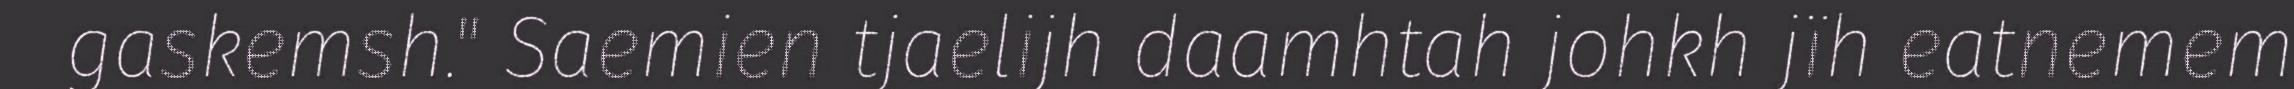
gaskemsh." Saemien tjaelijh daamhtah johkh jïh eatnemem